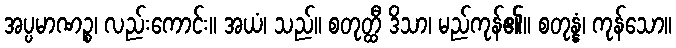
အပ္ပမာဏဉ္စ၊ လည်းကောင်း။ အယံ၊ သည်။ စတုတ္ထီ ဒိသာ၊ မည်ကုန်၏။ စတုန္နံ၊ ကုန်သော။